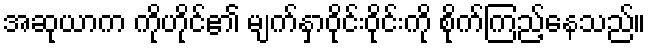
အဆုယာက ကိုဟိုင်၏ မျက်နှာဝိုင်းဝိုင်းကို စိုက်ကြည့်နေသည်။